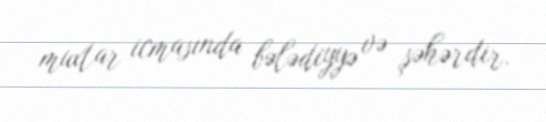
muxtar icmasında bələdiyyə və şəhərdir.